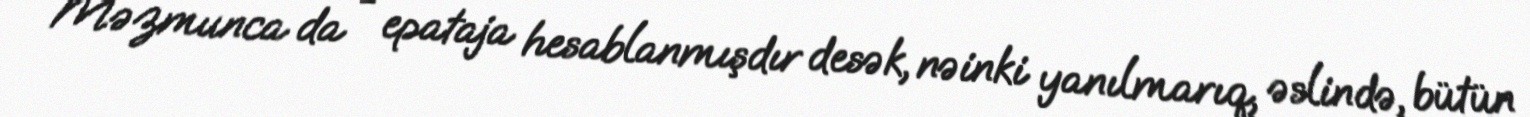
Məzmunca da - epataja hesablanmışdır desək, nəinki yanılmarıq, əslində, bütün